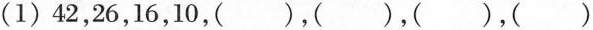
(1) 42，26，16，10，()，()，()，()